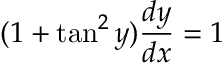
( 1 + \tan ^ { 2 } y ) { \frac { d y } { d x } } = 1